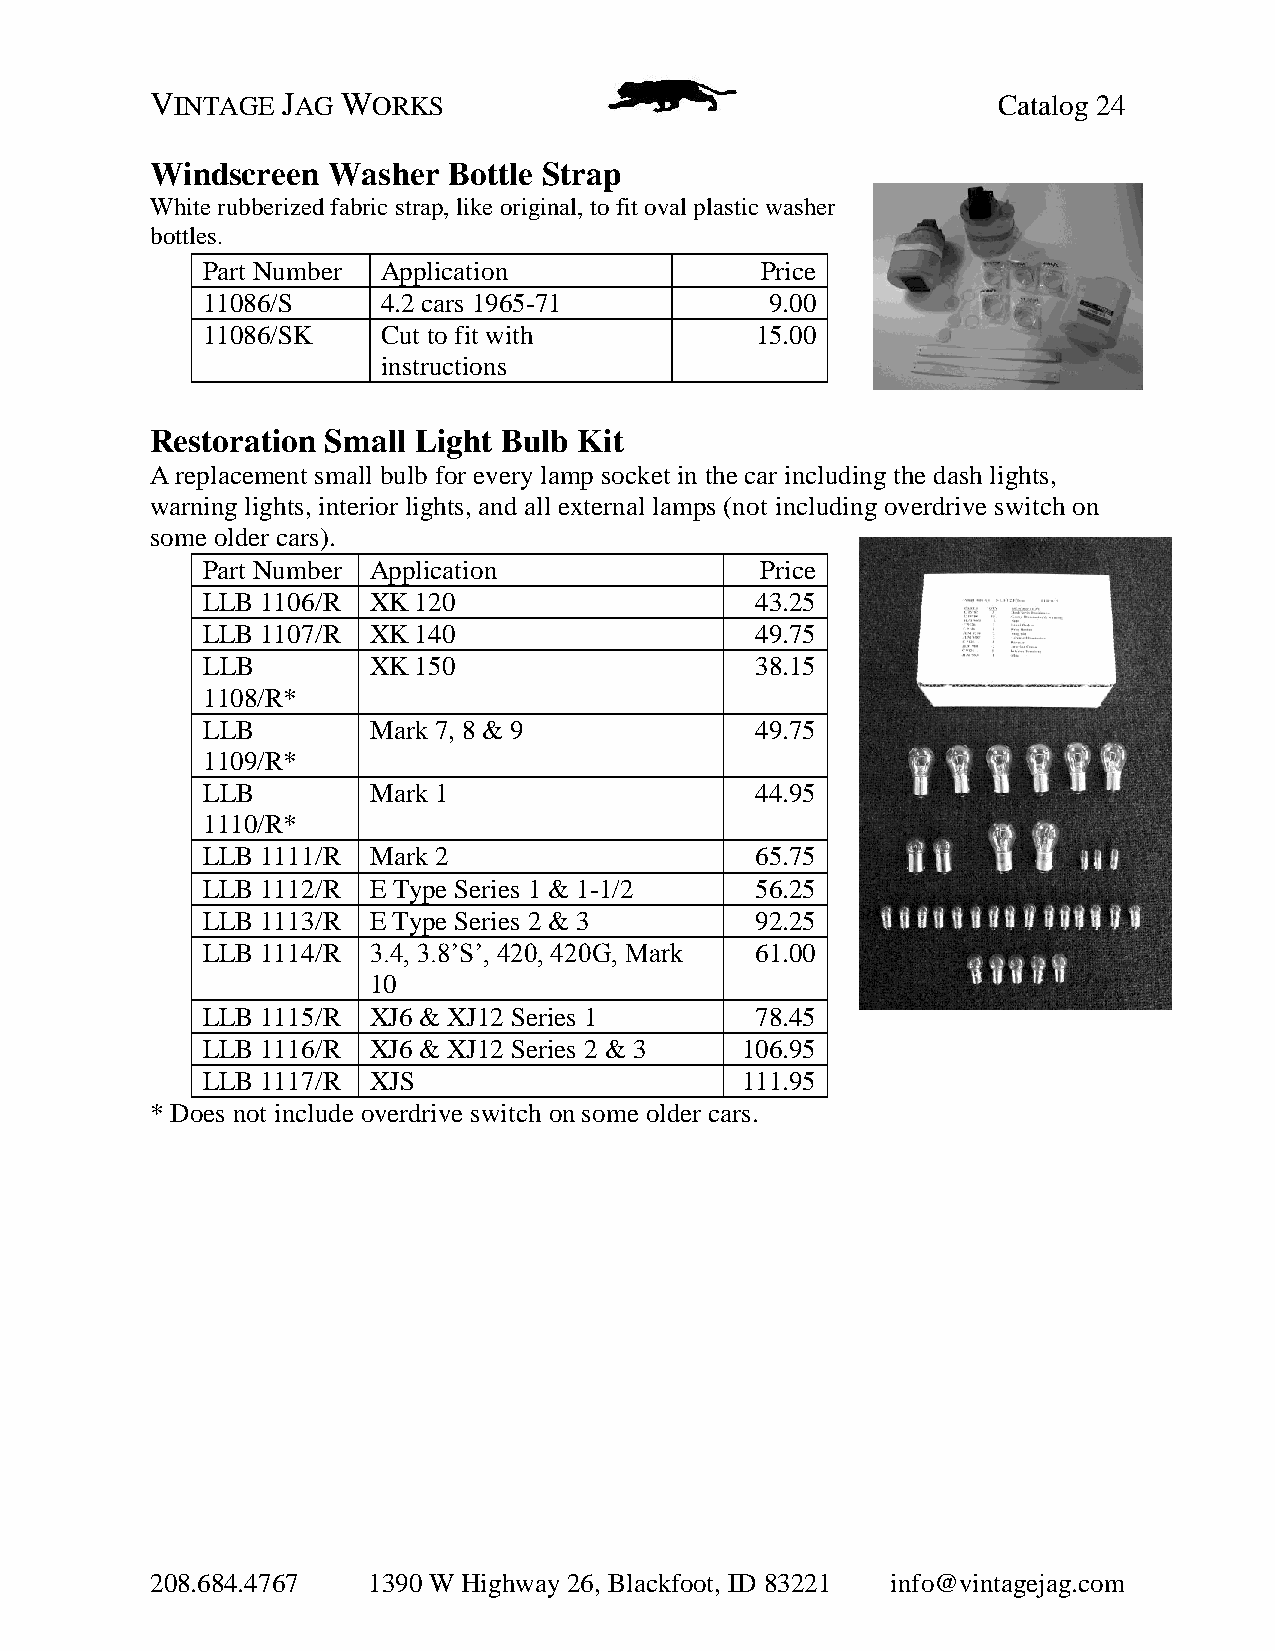
VINTAGE  JAG WORKS                                      Catalog 24
 Windscreen  Washer  Bottle Strap
 White rubberized fabric strap, like original, to fit oval plastic washer
 bottles.
 Part Number Application              Price
 11086/S     4.2 cars 1965-71          9.00
 11086/SK    Cut to fit with          15.00
 instructions
 Restoration Small Light Bulb Kit
 A replacement small bulb for every lamp socket in the car including the dash lights,
 warning lights, interior lights, and all external lamps (not including overdrive switch on
 some older cars).
 Part Number Application              Price
 LLB 1106/R XK 120                    43.25
 LLB 1107/R XK 140                    49.75
 LLB        XK 150                    38.15
 1108/R*
 LLB        Mark 7, 8 & 9             49.75
 1109/R*
 LLB        Mark 1                    44.95
 1110/R*
 LLB 1111/R Mark 2                    65.75
 LLB 1112/R E Type Series 1 & 1-1/2   56.25
 LLB 1113/R E Type Series 2 & 3       92.25
 LLB 1114/R 3.4, 3.8’S’, 420, 420G, Mark 61.00
 10
 LLB 1115/R XJ6 & XJ12 Series 1       78.45
 LLB 1116/R XJ6 & XJ12 Series 2 & 3  106.95
 LLB 1117/R XJS                      111.95
 * Does not include overdrive switch on some older cars.
 208.684.4767  1390 W Highway 26, Blackfoot, ID 83221 info@vintagejag.com